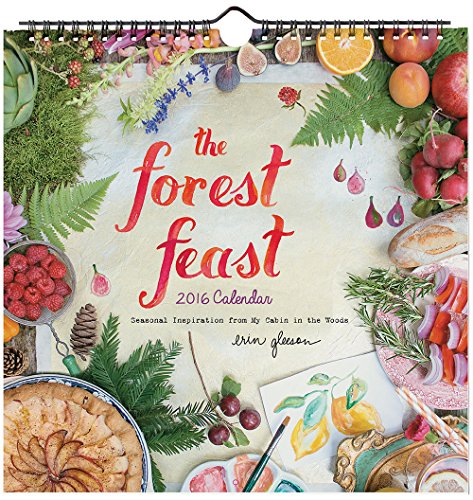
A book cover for Forest Feast 2016 Wall Calendar; Erin Gleeson; Calendars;